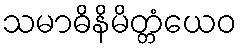
သမာဓိနိမိတ္တံယေဝ